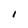
Character: 1